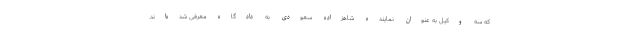
که سه وکیل به عنوان نماینده شاهزاده سعودی به دادگاه معرفی شده‌اند.